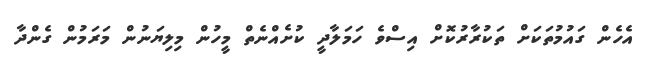
އެހެން ގައުމުތަކަށް ތަކުރާރުކޮށް އިސްވެ ހަމަލާދީ ކުށެއްނެތް މީހުން މިލިޔަނުން މަރަމުން ގެންދާ